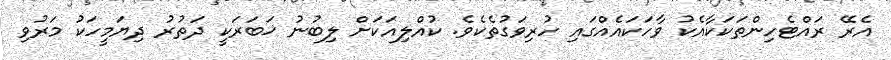
އެރޭ ރައްޓެހިންތަކަކާއެކު ވާހަކައެއްގައި ހުރިވަގުތެކެވެ. ކުއްލިއަކަށް ލިބުނު ޚަބަރަކީ ދަތުރު ދިޔަމީހަކު މަރުވި